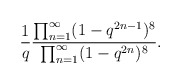
\begin{align*}{1\over q}{\prod_{n=1}^{\infty}(1-q^{2n-1})^8 \over \prod_{n=1}^{\infty}(1-q^{2n})^8} .\end{align*}